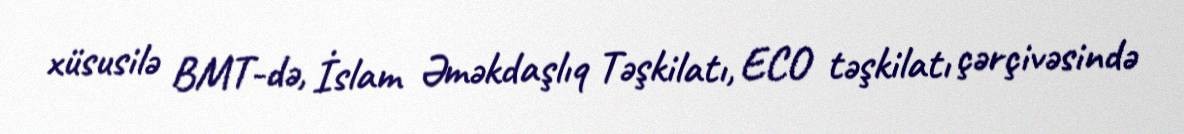
xüsusilə BMT-də, İslam Əməkdaşlıq Təşkilatı, ECO təşkilatı çərçivəsində